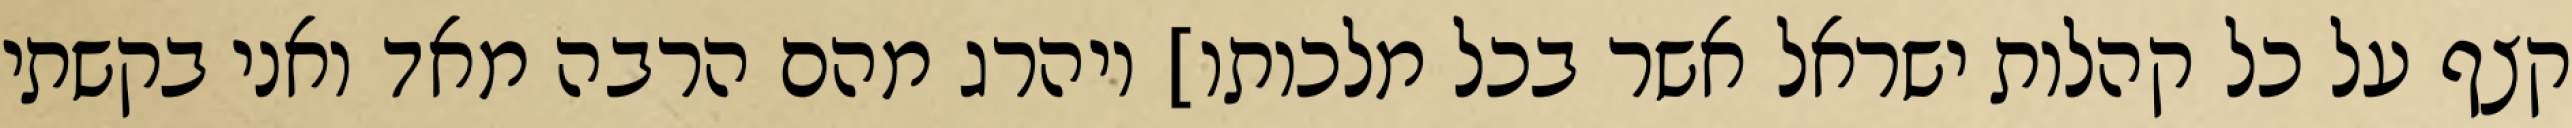
קצף על כל קהלות ישראל אשר בכל מלכותו] ויהרג מהם הרבה מאד ואני בקשתי